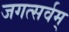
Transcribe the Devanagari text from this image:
जगत्सर्वम्